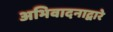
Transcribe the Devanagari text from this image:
अभिवादनाद्वारे